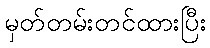
မှတ်တမ်းတင်ထားပြီး